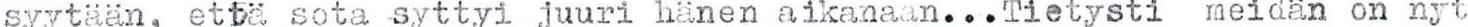
syytään, että sota syttyi juuri hänen aikanaan...Tietysti meidän on nyt